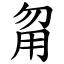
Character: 甮